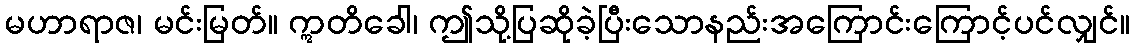
မဟာရာဇ၊ မင်းမြတ်။ ဣတိခေါ၊ ဤသို့ပြဆိုခဲ့ပြီးသောနည်းအကြောင်းကြောင့်ပင်လျှင်။